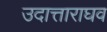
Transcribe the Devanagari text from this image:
उदात्ताराघव